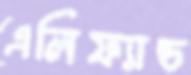
এলিফ্যান্ড